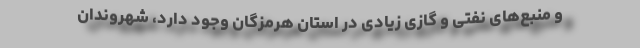
و منبع‌های نفتی و گازی زیادی در استان هرمزگان وجود دارد، شهروندان